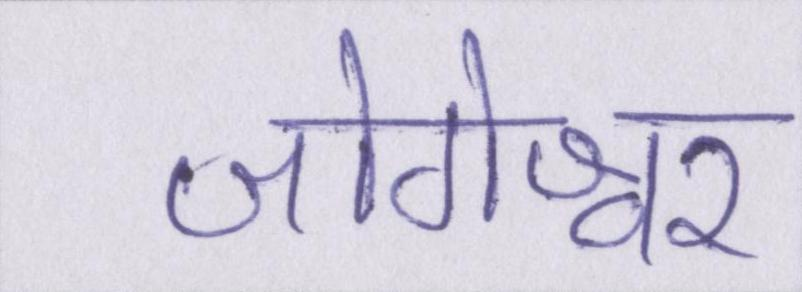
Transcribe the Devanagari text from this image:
जोगेश्वर